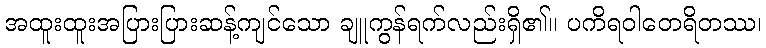
အထူးထူးအပြားပြားဆန့်ကျင်သော ချူကွန်ရက်လည်းရှိ၏။ ပကိရဝါတေရိတဿ၊